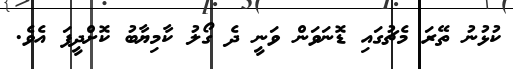
ކުޅުނު ތޭރަ މެޗުގައި ޑޮނަވަން ވަނީ ދެ ގޯލު ކާމިޔާބު ކޮށްދީފަ އެވެ.